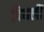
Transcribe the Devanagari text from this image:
पिघलीं